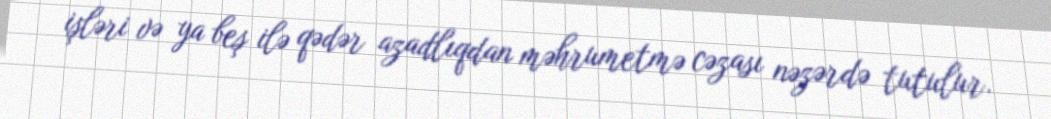
işləri və ya beş ilə qədər azadlıqdan məhrumetmə cəzası nəzərdə tutulur.